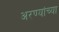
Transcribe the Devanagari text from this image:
अरण्यांच्या